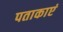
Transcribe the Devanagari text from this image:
पताकाएं